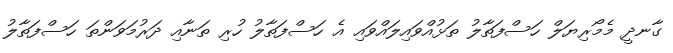
ގާނދީ މެމޯރިޔަލް ހަސްފަތާލު ތަޅުއްވައިލައްވައި އެ ހަސްފަތާލު ހުރި ތަނާއި ދަރުމަވަންތަ ހަސްފަތާލު